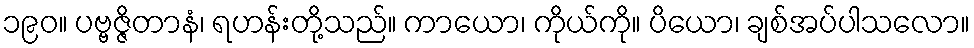
၁၉၀။ ပဗ္ဗဇ္ဇိတာနံ၊ ရဟန်းတို့သည်။ ကာယော၊ ကိုယ်ကို။ ပိယော၊ ချစ်အပ်ပါသလော။